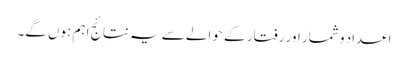
اعداد و شمار اور رفتار کے حوالے سے یہ نتائج اہم ہوں گے۔